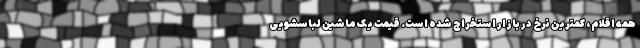
همه اقلام، کمترین نرخ در بازار استخراج شده است. قیمت یک ماشین لباسشویی